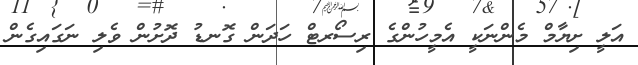
އަލީ ށިޔާމް މެންނަކީ އެމީހުންގެ ރިސޯރޓް ހަދަން ގޮނޑު ދޮށުން ވެލި ނަގައިގެން